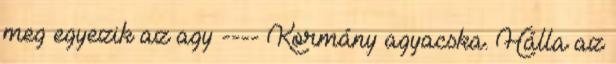
meg egyezik az agy ---- Kormány agyacska. Hálla az